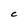
Character: C